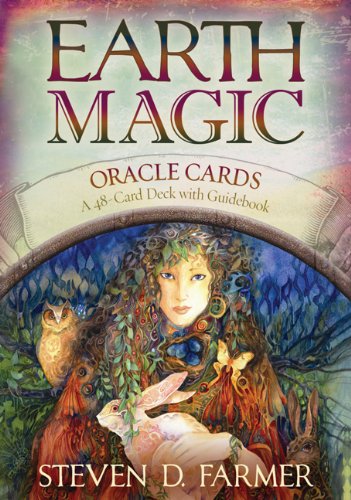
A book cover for Earth Magic Oracle Cards: A 48-Card Deck and Guidebook; Steven D. Farmer; Religion & Spirituality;